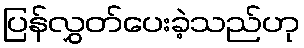
ပြန်လွှတ်ပေးခဲ့သည်ဟု